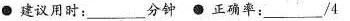
·建议用时:_________分钟 ● 正确率:_______/4